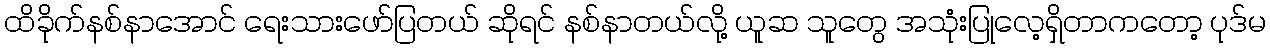
ထိခိုက်နစ်နာအောင် ရေးသားဖော်ပြတယ် ဆိုရင် နစ်နာတယ်လို့ ယူဆ သူတွေ အသုံးပြုလေ့ရှိတာကတော့ ပုဒ်မ